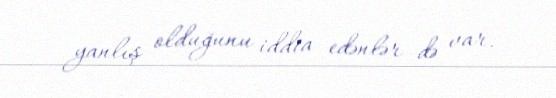
yanlış olduğunu iddia edənlər də var.